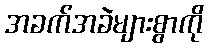
အခက်အခဲများစွာကို